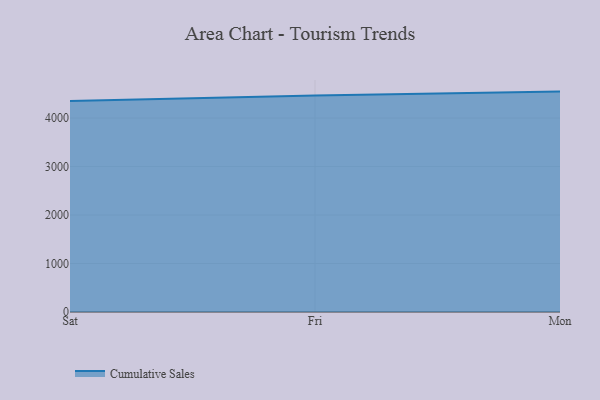
{"axis": {"x": "Day", "y": "Temperature (°C)"}, "legend": ["Cumulative Sales"], "data": [{"x": "Sat", "y": 4354.3, "type": "Cumulative Sales"}, {"x": "Fri", "y": 4465.9, "type": "Cumulative Sales"}, {"x": "Mon", "y": 4546.2, "type": "Cumulative Sales"}]}